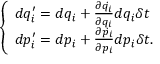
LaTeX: \left\{ \begin{array} { l l } { d q _ { i } ^ { \prime } = d q _ { i } + { \frac { \partial { \dot { q _ { i } } } } { \partial q _ { i } } } d q _ { i } \delta t } \\ { d p _ { i } ^ { \prime } = d p _ { i } + { \frac { \partial { \dot { p _ { i } } } } { \partial p _ { i } } } d p _ { i } \delta t . } \end{array} \right.